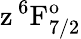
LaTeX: \mathrm{z\, ^{6}F_{7/2}^{o}}